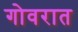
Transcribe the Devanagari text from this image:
गोवरात